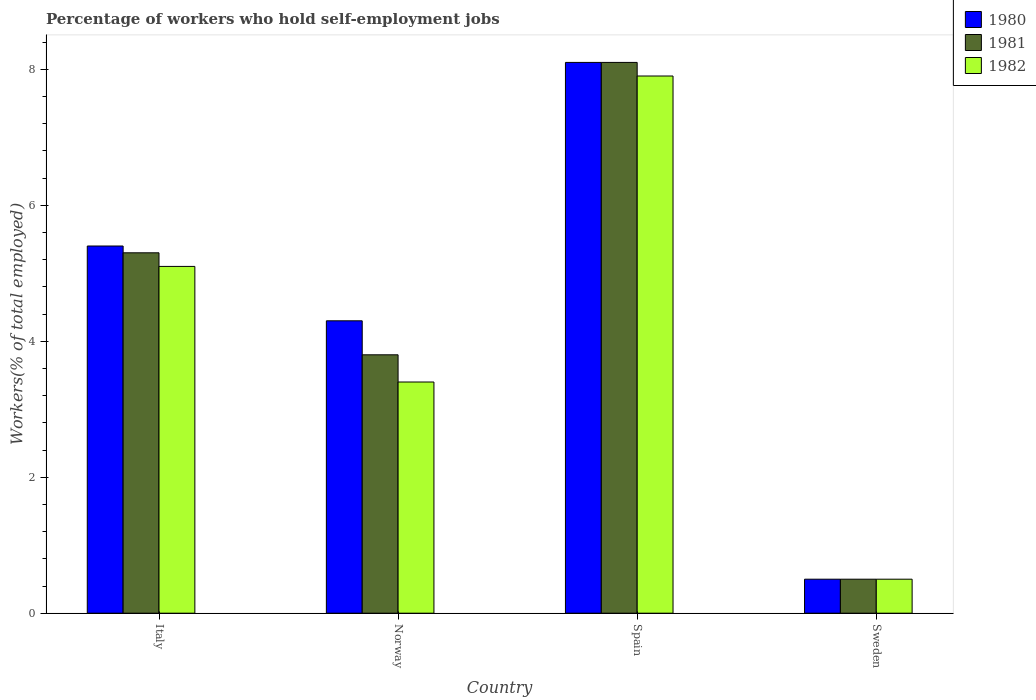
| Country | 1980 | 1981 | 1982 |
 | --- | --- | --- | --- |
 | Italy | 5.4 | 5.3 | 5.1 |
 | Norway | 4.3 | 3.8 | 3.4 |
 | Spain | 8.1 | 8.1 | 7.9 |
 | Sweden | 0.5 | 0.5 | 0.5 |